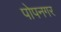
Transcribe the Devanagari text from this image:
पोपनगर